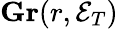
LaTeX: \mathbf{Gr}(r,{\mathcal{E}}_{T})